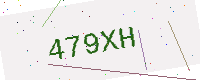
Text: 479XH